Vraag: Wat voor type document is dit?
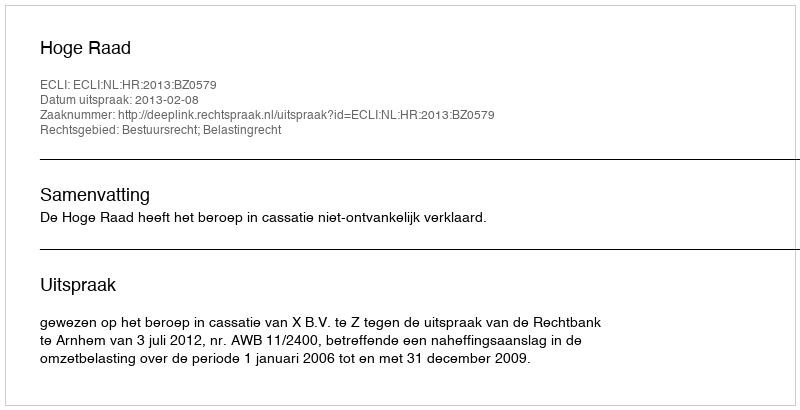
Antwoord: Uitspraak